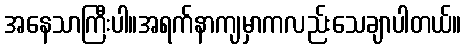
အနေသာကြီးပါ။အရက်နာကျမှာကလည်းသေချာပါတယ်။